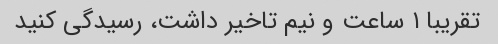
تقریبا ۱ ساعت و نیم تاخیر داشت، رسیدگی کنید